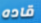
قاده